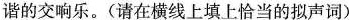
谐的交响乐。(请在横线上填上恰当的拟声词)